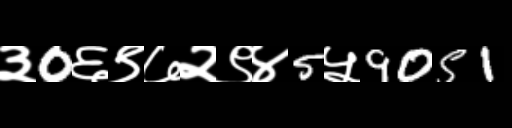
Text: ३0६९७२९४5५9051